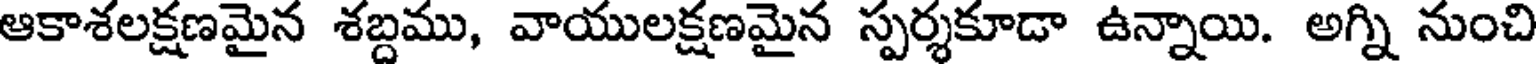
ఆకాశలక్షణమైన శబ్దము, వాయులక్షణమైన స్పర్శకూడా ఉన్నాయి. అగ్ని నుంచి